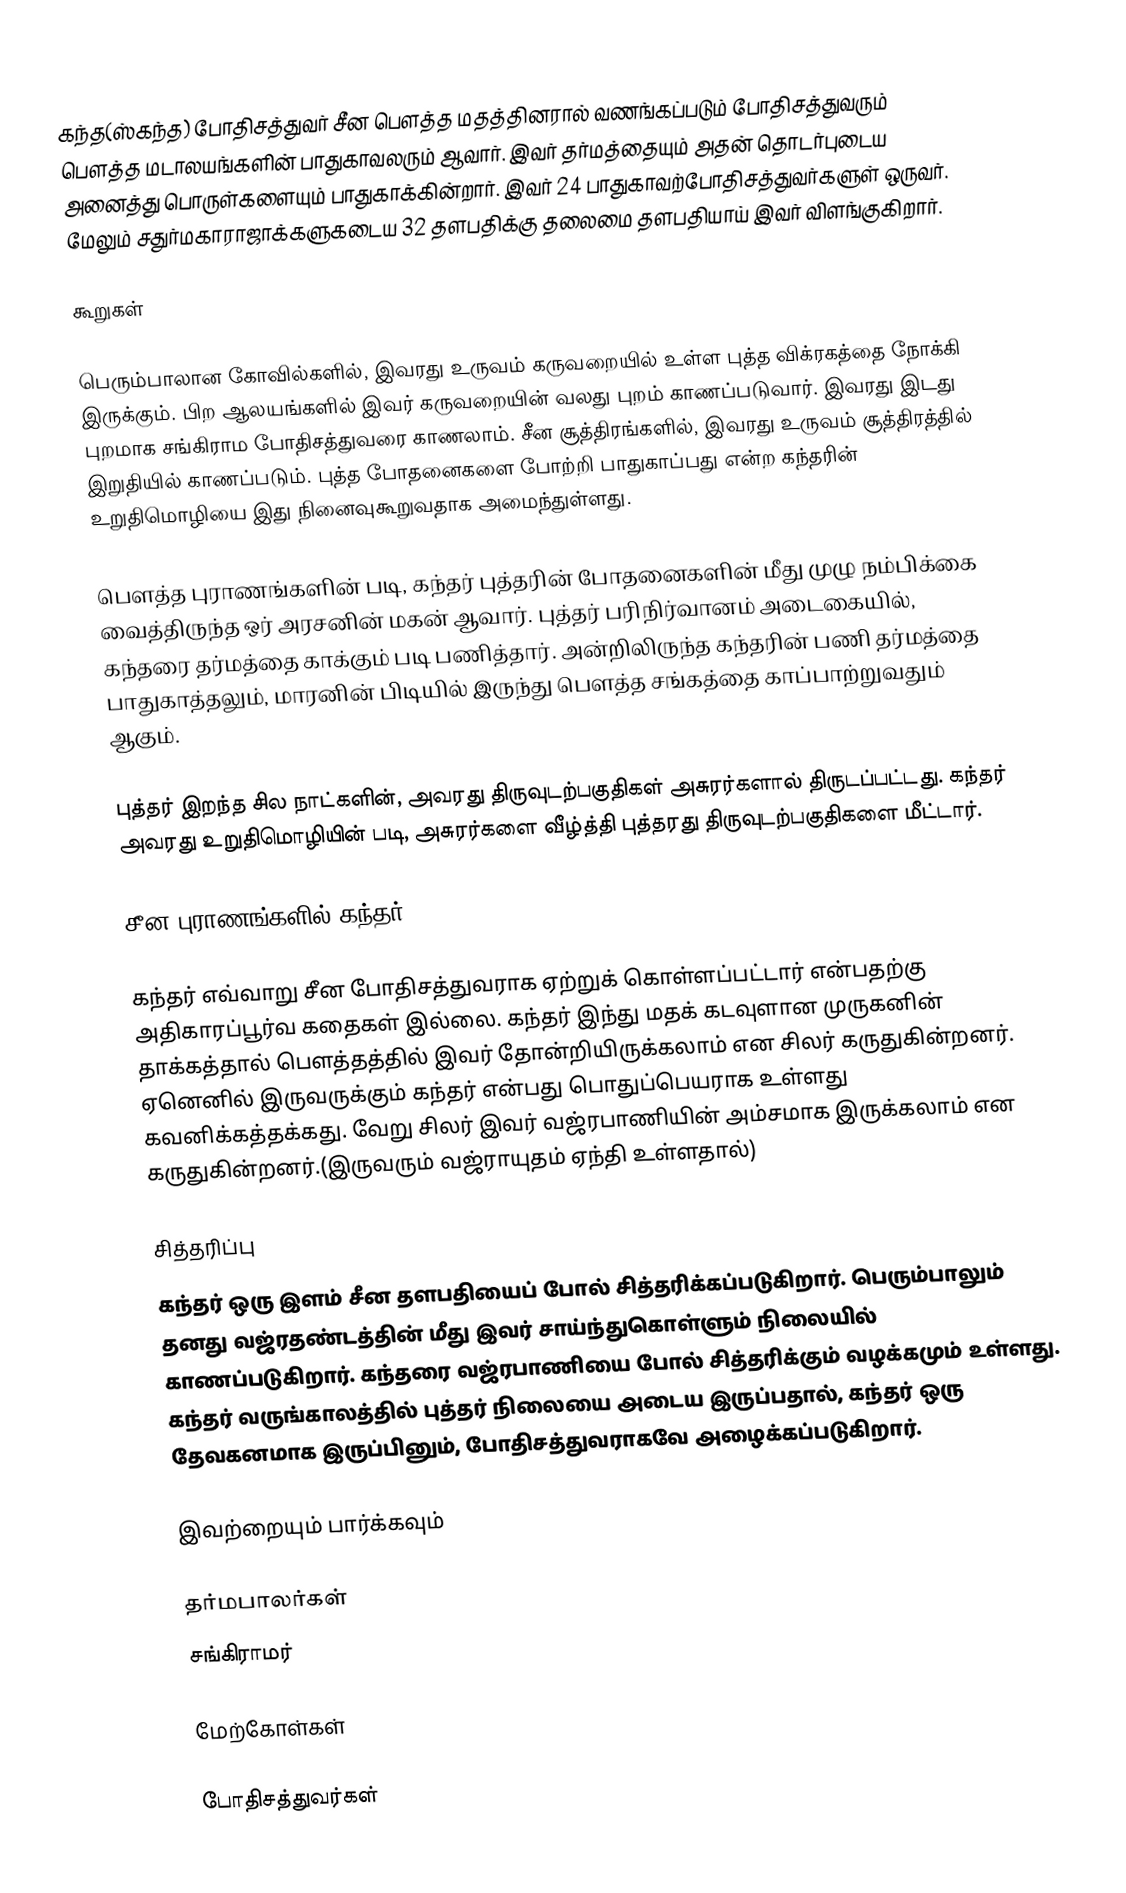
கந்த(ஸ்கந்த) போதிசத்துவர் சீன பௌத்த மதத்தினரால் வணங்கப்படும் போதிசத்துவரும் பௌத்த மடாலயங்களின் பாதுகாவலரும் ஆவார். இவர் தர்மத்தையும் அதன் தொடர்புடைய அனைத்து பொருள்களையும் பாதுகாக்கின்றார். இவர் 24 பாதுகாவற்போதிசத்துவர்களுள் ஒருவர். மேலும் சதுர்மகாராஜாக்களுகடைய 32 தளபதிக்கு தலைமை தளபதியாய் இவர் விளங்குகிறார்.

கூறுகள்

பெரும்பாலான கோவில்களில், இவரது உருவம் கருவறையில் உள்ள புத்த விக்ரகத்தை நோக்கி இருக்கும். பிற ஆலயங்களில் இவர் கருவறையின் வலது புறம் காணப்படுவார். இவரது இடது புறமாக சங்கிராம போதிசத்துவரை காணலாம். சீன சூத்திரங்களில், இவரது உருவம் சூத்திரத்தில் இறுதியில் காணப்படும். புத்த போதனைகளை போற்றி பாதுகாப்பது என்ற கந்தரின் உறுதிமொழியை இது நினைவுகூறுவதாக அமைந்துள்ளது.

பௌத்த புராணங்களின் படி, கந்தர் புத்தரின் போதனைகளின் மீது முழு நம்பிக்கை வைத்திருந்த ஒர் அரசனின் மகன் ஆவார். புத்தர் பரிநிர்வானம் அடைகையில், கந்தரை தர்மத்தை காக்கும் படி பணித்தார். அன்றிலிருந்த கந்தரின் பணி தர்மத்தை பாதுகாத்தலும், மாரனின் பிடியில் இருந்து பௌத்த சங்கத்தை காப்பாற்றுவதும் ஆகும்.

புத்தர் இறந்த சில நாட்களின், அவரது திருவுடற்பகுதிகள் அசுரர்களால் திருடப்பட்டது. கந்தர் அவரது உறுதிமொழியின் படி, அசுரர்களை வீழ்த்தி புத்தரது திருவுடற்பகுதிகளை மீட்டார்.

சீன புராணங்களில் கந்தர்

கந்தர் எவ்வாறு சீன போதிசத்துவராக ஏற்றுக் கொள்ளப்பட்டார் என்பதற்கு அதிகாரப்பூர்வ கதைகள் இல்லை.  கந்தர் இந்து மதக் கடவுளான முருகனின் தாக்கத்தால் பௌத்தத்தில் இவர் தோன்றியிருக்கலாம் என சிலர் கருதுகின்றனர். ஏனெனில் இருவருக்கும் கந்தர் என்பது பொதுப்பெயராக உள்ளது கவனிக்கத்தக்கது. வேறு சிலர் இவர் வஜ்ரபாணியின் அம்சமாக இருக்கலாம் என கருதுகின்றனர்.(இருவரும் வஜ்ராயுதம் ஏந்தி உள்ளதால்)

சித்தரிப்பு
கந்தர் ஒரு இளம் சீன தளபதியைப் போல் சித்தரிக்கப்படுகிறார். பெரும்பாலும் தனது வஜ்ரதண்டத்தின் மீது இவர் சாய்ந்துகொள்ளும் நிலையில் காணப்படுகிறார். கந்தரை வஜ்ரபாணியை போல் சித்தரிக்கும் வழக்கமும் உள்ளது. கந்தர் வருங்காலத்தில் புத்தர் நிலையை அடைய இருப்பதால், கந்தர் ஒரு தேவகனமாக இருப்பினும், போதிசத்துவராகவே அழைக்கப்படுகிறார்.

இவற்றையும் பார்க்கவும்

தர்மபாலர்கள்
சங்கிராமர்

மேற்கோள்கள்

போதிசத்துவர்கள்